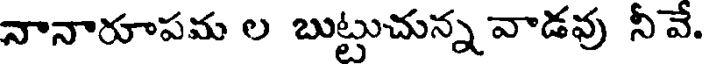
నానారూపమ ల బుట్టుచున్న వాడవు నీవే.